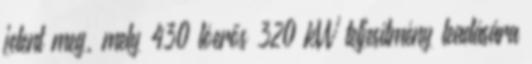
jelent meg, mely 430 lóerős 320 kW teljesítmény leadására